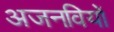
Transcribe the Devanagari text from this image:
अजनवियों